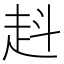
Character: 﨣